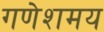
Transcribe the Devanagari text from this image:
गणेशमय